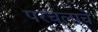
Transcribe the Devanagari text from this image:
परचलाचे